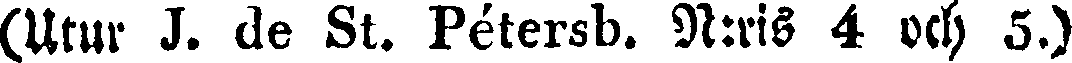
(Utur J. de St. Pétersb. N:ris 4 och 5.)